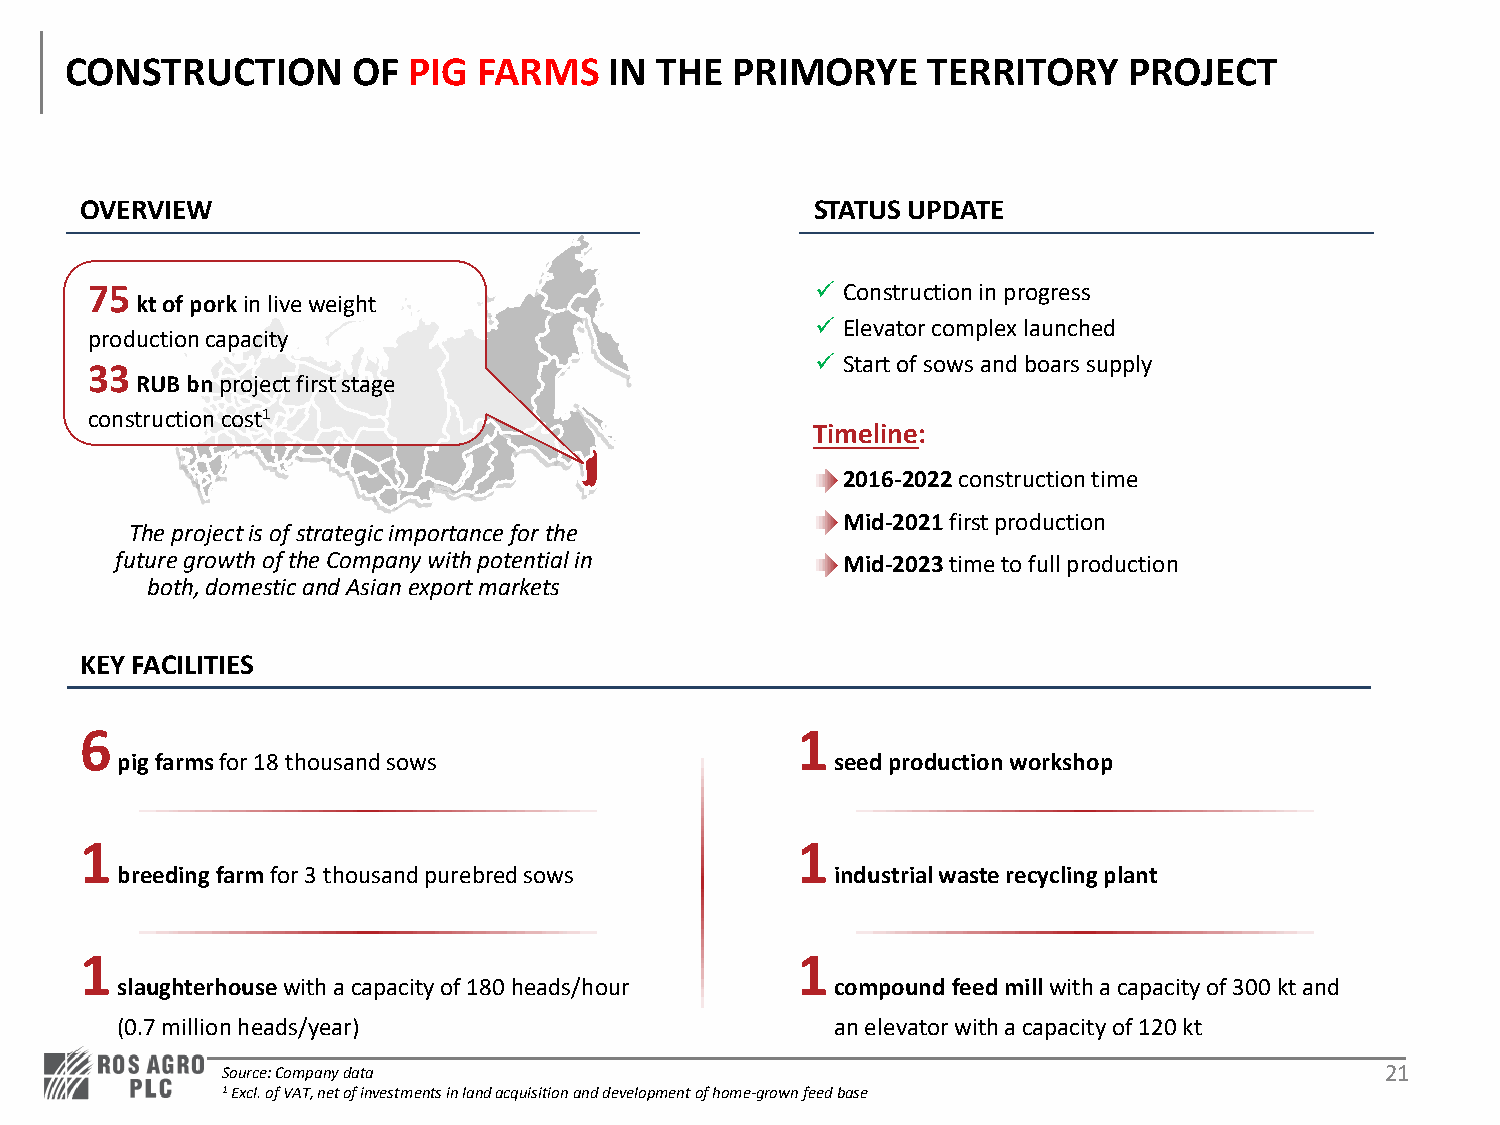
CONSTRUCTION       OF  PIG  FARMS   IN THE   PRIMORYE    TERRITORY     PROJECT
 OVERVIEW                                         STATUS UPDATE
 75                                               Construction in progress
 ktof porkin live weight
  Elevator complex launched
 production capacity
  Start of sows and boars supply
 33
 RUB bnproject first stage
 construction cost1
 Timeline:
 • 2016-2022construction time
 • Mid-2021first production
 The project is of strategic importance for the
 future growth of the Company with potential in • Mid-2023time to full production
 both, domestic and Asian export markets
 KEY FACILITIES
 6                                               1
 pig farmsfor 18 thousand sows                  seed production workshop
 1                                               1
 breeding farmfor 3 thousand purebred sows      industrial waste recycling plant
 1                                               1
 slaughterhousewith a capacity of 180 heads/hour compound feed millwith a capacity of 300 ktand
 (0.7 million heads/year)                       an elevator with a capacity of 120 kt
 Source: Company data                                                         21
 1Excl. of VAT, net of investments in land acquisition and development of home-grown feed base